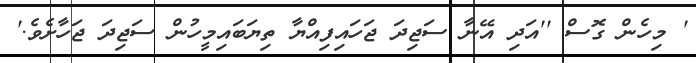
' މިހެން ގޮސް ''އަދި އޭނާ ސަޖިދަ ޖަހައިފިއްޔާ ތިޔަބައިމީހުން ސަޖިދަ ޖަހާށެވެ.'